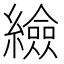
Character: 䌞